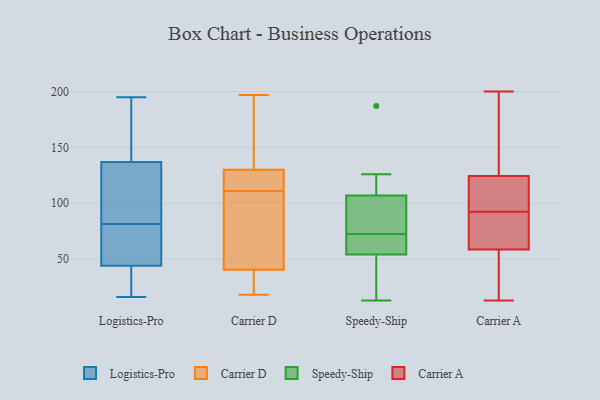
{"axis": {"x": "Latency (ms)", "y": "Value"}, "legend": ["Carrier A", "Carrier D", "Logistics-Pro", "Speedy-Ship"], "data": [{"x": "", "y": 112, "type": "Logistics-Pro"}, {"x": "", "y": 119, "type": "Logistics-Pro"}, {"x": "", "y": 67, "type": "Logistics-Pro"}, {"x": "", "y": 172, "type": "Logistics-Pro"}, {"x": "", "y": 101, "type": "Logistics-Pro"}, {"x": "", "y": 143, "type": "Logistics-Pro"}, {"x": "", "y": 16, "type": "Logistics-Pro"}, {"x": "", "y": 23, "type": "Logistics-Pro"}, {"x": "", "y": 72, "type": "Logistics-Pro"}, {"x": "", "y": 44, "type": "Logistics-Pro"}, {"x": "", "y": 91, "type": "Logistics-Pro"}, {"x": "", "y": 195, "type": "Logistics-Pro"}, {"x": "", "y": 67, "type": "Logistics-Pro"}, {"x": "", "y": 38, "type": "Logistics-Pro"}, {"x": "", "y": 187, "type": "Logistics-Pro"}, {"x": "", "y": 49, "type": "Logistics-Pro"}, {"x": "", "y": 42, "type": "Logistics-Pro"}, {"x": "", "y": 137, "type": "Logistics-Pro"}, {"x": "", "y": 166, "type": "Carrier D"}, {"x": "", "y": 111, "type": "Carrier D"}, {"x": "", "y": 116, "type": "Carrier D"}, {"x": "", "y": 62, "type": "Carrier D"}, {"x": "", "y": 119, "type": "Carrier D"}, {"x": "", "y": 114, "type": "Carrier D"}, {"x": "", "y": 36, "type": "Carrier D"}, {"x": "", "y": 42, "type": "Carrier D"}, {"x": "", "y": 62, "type": "Carrier D"}, {"x": "", "y": 163, "type": "Carrier D"}, {"x": "", "y": 24, "type": "Carrier D"}, {"x": "", "y": 197, "type": "Carrier D"}, {"x": "", "y": 18, "type": "Carrier D"}, {"x": "", "y": 13, "type": "Speedy-Ship"}, {"x": "", "y": 109, "type": "Speedy-Ship"}, {"x": "", "y": 82, "type": "Speedy-Ship"}, {"x": "", "y": 61, "type": "Speedy-Ship"}, {"x": "", "y": 116, "type": "Speedy-Ship"}, {"x": "", "y": 86, "type": "Speedy-Ship"}, {"x": "", "y": 57, "type": "Speedy-Ship"}, {"x": "", "y": 116, "type": "Speedy-Ship"}, {"x": "", "y": 63, "type": "Speedy-Ship"}, {"x": "", "y": 126, "type": "Speedy-Ship"}, {"x": "", "y": 51, "type": "Speedy-Ship"}, {"x": "", "y": 95, "type": "Speedy-Ship"}, {"x": "", "y": 79, "type": "Speedy-Ship"}, {"x": "", "y": 105, "type": "Speedy-Ship"}, {"x": "", "y": 19, "type": "Speedy-Ship"}, {"x": "", "y": 66, "type": "Speedy-Ship"}, {"x": "", "y": 25, "type": "Speedy-Ship"}, {"x": "", "y": 63, "type": "Speedy-Ship"}, {"x": "", "y": 35, "type": "Speedy-Ship"}, {"x": "", "y": 187, "type": "Speedy-Ship"}, {"x": "", "y": 62, "type": "Carrier A"}, {"x": "", "y": 84, "type": "Carrier A"}, {"x": "", "y": 109, "type": "Carrier A"}, {"x": "", "y": 101, "type": "Carrier A"}, {"x": "", "y": 192, "type": "Carrier A"}, {"x": "", "y": 200, "type": "Carrier A"}, {"x": "", "y": 60, "type": "Carrier A"}, {"x": "", "y": 113, "type": "Carrier A"}, {"x": "", "y": 125, "type": "Carrier A"}, {"x": "", "y": 15, "type": "Carrier A"}, {"x": "", "y": 57, "type": "Carrier A"}, {"x": "", "y": 128, "type": "Carrier A"}, {"x": "", "y": 124, "type": "Carrier A"}, {"x": "", "y": 71, "type": "Carrier A"}, {"x": "", "y": 48, "type": "Carrier A"}, {"x": "", "y": 13, "type": "Carrier A"}]}